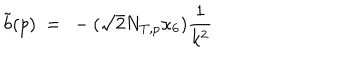
LaTeX: \tilde { b } ( p ) \ = \ - ( \sqrt { 2 } N _ { T , p } \kappa _ { 6 } ) \frac { 1 } { k ^ { 2 } }